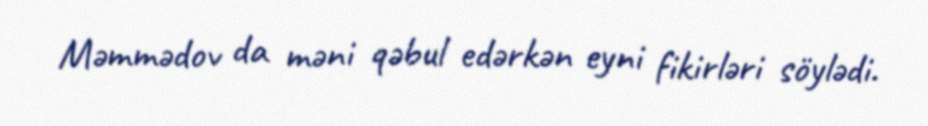
Məmmədov da məni qəbul edərkən eyni fikirləri söylədi.